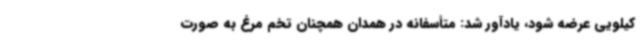
کیلویی عرضه شود، یادآور شد: متأسفانه در همدان همچنان تخم مرغ به صورت